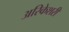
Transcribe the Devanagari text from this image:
अरिकेशरी